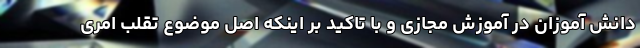
دانش آموزان در آموزش مجازی و با تاکید بر اینکه اصل موضوع تقلب امری